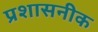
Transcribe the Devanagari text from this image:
प्रशासनीक